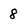
Character: 8